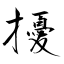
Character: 擾